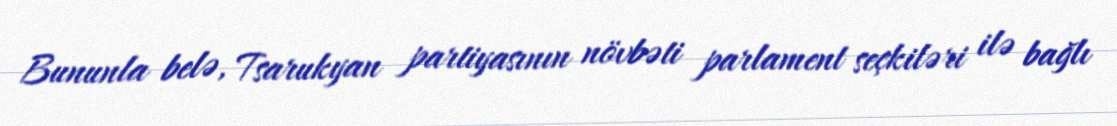
Bununla belə, Tsarukyan partiyasının növbəti parlament seçkiləri ilə bağlı